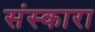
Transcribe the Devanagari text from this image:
संस्कारा